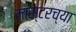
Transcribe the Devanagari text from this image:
मास्टरच्या